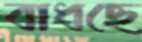
বাধছে